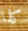
كلا